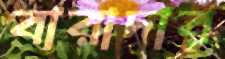
বারাদার